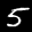
Label: 5